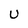
Character: U